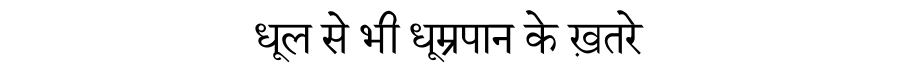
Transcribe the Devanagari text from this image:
धूल से भी धूम्रपान के ख़तरे